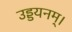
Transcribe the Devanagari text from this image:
उड्डयनम्।